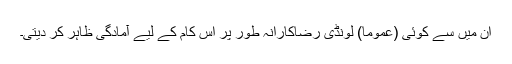
ان میں سے کوئی (عموما) لونڈی رضاکارانہ طور پر اس کام کے لیے آمادگی ظاہر کر دیتی۔